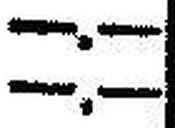
—.—